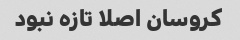
کروسان اصلا تازه نبود